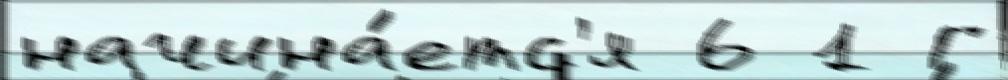
начина́етс'я 6 1 Г